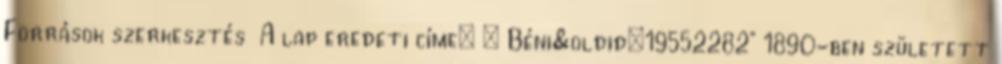
Források szerkesztés A lap eredeti címe: „ Béni&oldid=19552282” 1890-ben született